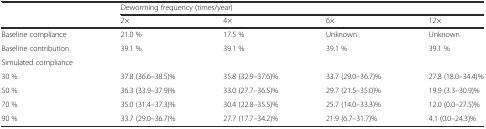
| <ROWSPAN=2>  | <COLSPAN=4> Deworming frequency (times/year) |
 | 2× | 4× | 6× | 12× |
 | --- | --- | --- | --- | --- |
 | Baseline compliance | 21.0 % | 17.5 % | Unknown | Unknown |
 | Baseline contribution | 39.1 % | 39.1 % | 39.1 % | 39.1 % |
 | Simulated compliance |  |  |  |  |
 | 30 % | 37.8 (36.6–38.5)% | 35.8 (32.9–37.6)% | 33.7 (29.0–36.7)% | 27.8 (18.0–34.4)% |
 | 50 % | 36.3 (33.9–37.9)% | 33.0 (27.7–36.5)% | 29.7 (21.5–35.0)% | 19.9 (3.3–30.9)% |
 | 70 % | 35.0 (31.4–37.3)% | 30.4 (22.8–35.5)% | 25.7 (14.0–33.3)% | 12.0 (0.0–27.5)% |
 | 90 % | 33.7 (29.0–36.7)% | 27.7 (17.7–34.2)% | 21.9 (6.7–31.7)% | 4.1 (0.0–24.3)% |